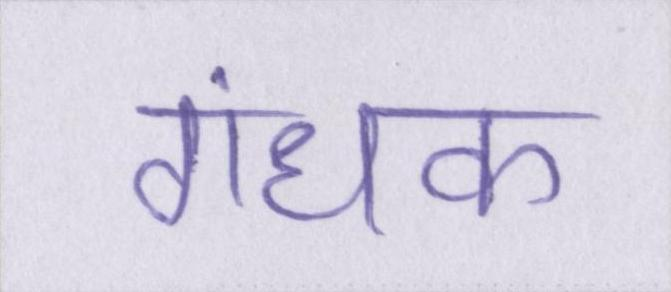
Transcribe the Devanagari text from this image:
गंधक